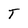
Character: T